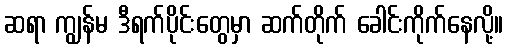
ဆရာ ကျွန်မ ဒီရက်ပိုင်းတွေမှာ ဆက်တိုက် ခေါင်းကိုက်နေလို့။